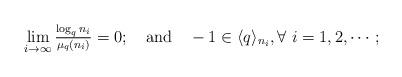
LaTeX: \begin{align*}\textstyle\lim\limits_{i\to\infty}\frac{\log_q n_i}{\mu_q(n_i)}=0; ~~~\mbox{and}~~~ -1\in\langle q\rangle_{n_i}, \forall~i=1,2,\cdots;\end{align*}